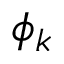
\phi _ { k }